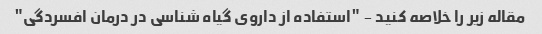
مقاله زیر را خلاصه کنید - "استفاده از داروی گیاه شناسی در درمان افسردگی"